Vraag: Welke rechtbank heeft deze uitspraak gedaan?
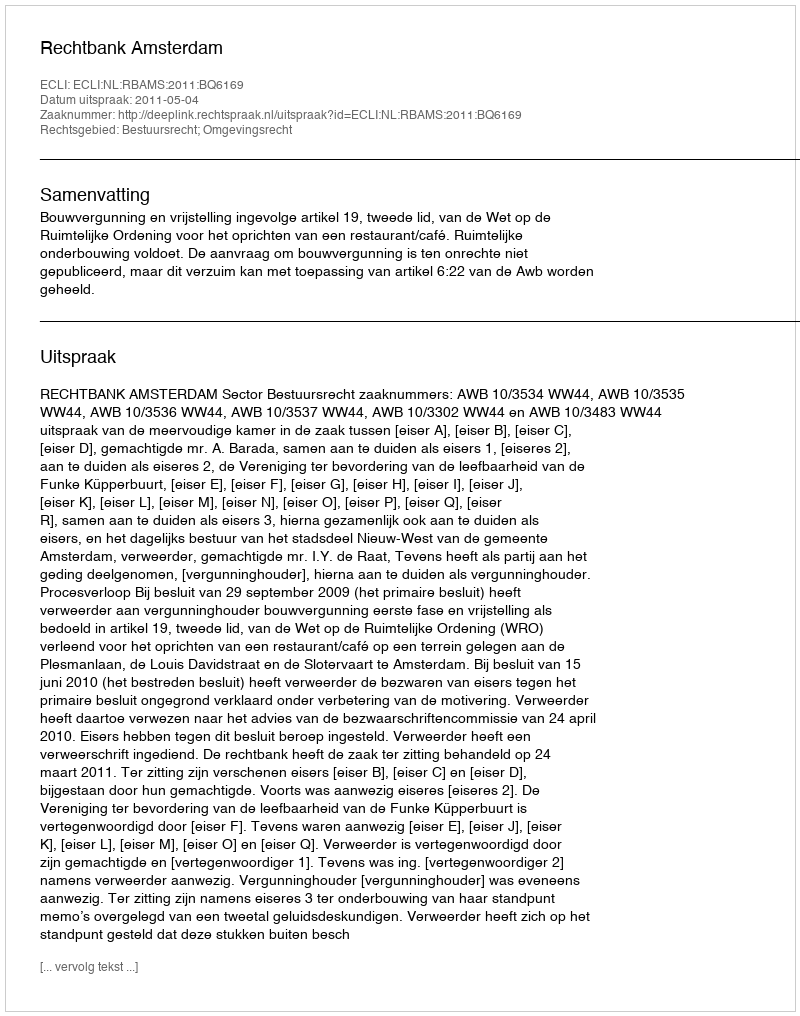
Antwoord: Rechtbank Amsterdam